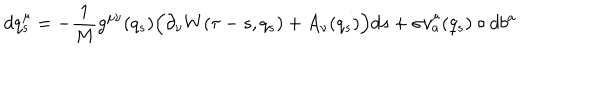
d q _ { s } ^ { \mu } = - \frac { 1 } { M } g ^ { \mu \nu } ( q _ { s } ) \Big ( \partial _ { \nu } W ( \tau - s , q _ { s } ) + A _ { \nu } ( q _ { s } ) \Big ) d s + \sigma v _ { a } ^ { \mu } ( q _ { s } ) \circ d b ^ { a }